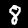
Label: 8